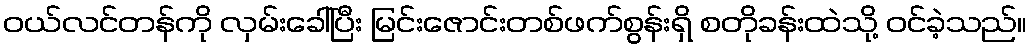
ဝယ်လင်တန်ကို လှမ်းခေါ်ပြီး မြင်းဇောင်းတစ်ဖက်စွန်းရှိ စတိုခန်းထဲသို့ ဝင်ခဲ့သည်။